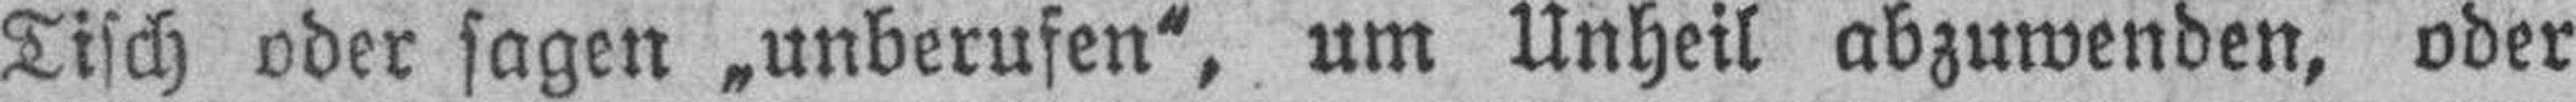
Tisch oder sagen .unberufen", um Unheil abzuwenden, oder